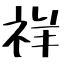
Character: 祥